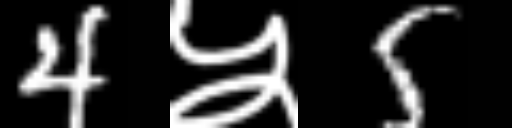
Text: 4५5